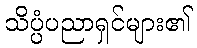
သိပ္ပံပညာရှင်များ၏